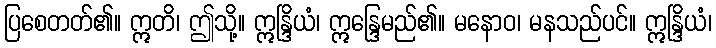
ပြစေတတ်၏။ ဣတိ၊ ဤသို့။ ဣန္ဒြိယံ၊ ဣန္ဒြေမည်၏။ မနောဝ၊ မနသည်ပင်။ ဣန္ဒြိယံ၊